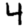
Digit: 4